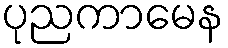
ပုညကာမေန